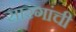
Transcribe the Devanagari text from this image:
सारंगांची